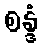
စန္ဒံ